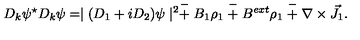
D _ { k } \psi ^ { \star } D _ { k } \psi = \mid ( D _ { 1 } + i D _ { 2 } ) \psi \mid ^ { 2 } \stackrel { - } { + } B _ { 1 } \rho _ { 1 } \stackrel { - } { + } B ^ { e x t } \rho _ { 1 } \stackrel { - } { + } \nabla \times \vec { J } _ { 1 } .